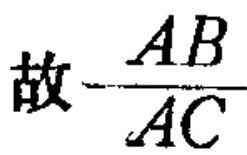
故$-\dfrac{AB}{AC}$